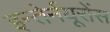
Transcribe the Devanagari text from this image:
इन्तेर्नयूरोंस